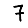
Digit: 7